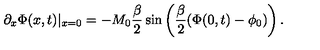
\partial _ { x } \Phi ( x , t ) \vert _ { x = 0 } = - M _ { 0 } \frac { \beta } { 2 } \sin \left( \frac { \beta } { 2 } ( \Phi ( 0 , t ) - \phi _ { 0 } ) \right) .